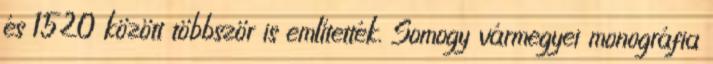
és 1520 között többször is említették. Somogy vármegyei monográfia